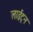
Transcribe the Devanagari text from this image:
लाईट्न